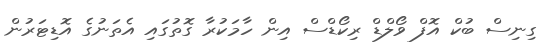
ގިނިސް ބުކް އޮފް ވޯލްޑް ރިކޯޑްސް އިން ހާމަކުރާ ގޮތުގައި އެތަނުގެ އޮޑިޓަރުން